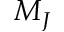
M _ { J }